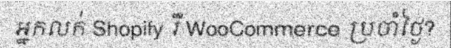
អ្នកលក់ Shopify រឺ WooCommerce ប្រចាំថ្ងៃ?